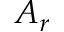
A _ { r }